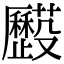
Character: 𠫌